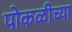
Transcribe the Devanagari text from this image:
पोकळीच्‍या